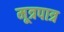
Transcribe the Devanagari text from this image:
मूत्रपात्र